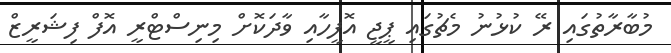
މުބާރާތުގައި ރޭ ކުޅުނު މެޗުގައި ޕީޖީ އޮފީހާއި ވާދަކޮށް މިނިސްޓްރީ އޮފް ފިޝަރީޒް